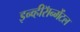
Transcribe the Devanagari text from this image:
इन्व्हीरॅान्मेंटल